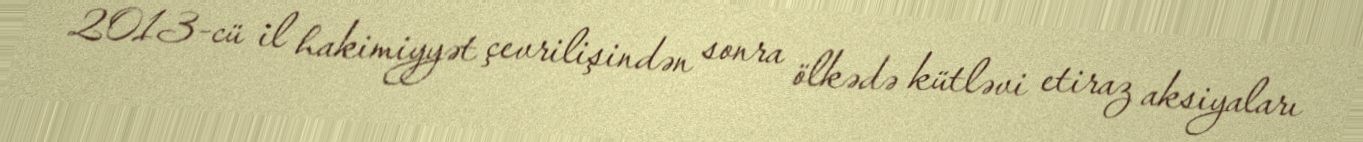
2013-cü il hakimiyyət çevrilişindən sonra ölkədə kütləvi etiraz aksiyaları